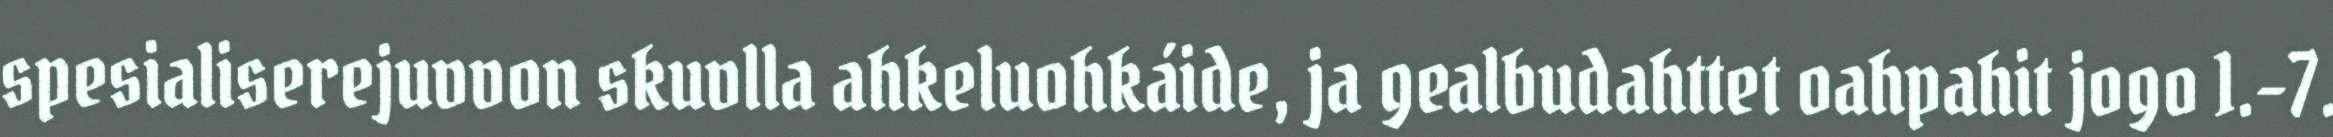
spesialiserejuvvon skuvlla ahkeluohkáide, ja gealbudahttet oahpahit jogo 1.-7.